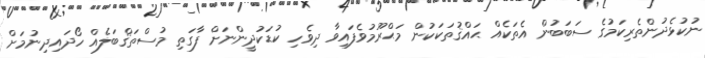
ނުކުޅެދުންތެރިކަމުގެ ސަބަބުން އެތަކެއް ޙައްޤުތަކަކުން މަޙްރޫމުވެފައިވާ ދިވެހި ކުޑަކުދީންނަށް ފާގަތި މުސްތަޤްބަލެއް ހޯދައިދިނުމަށް